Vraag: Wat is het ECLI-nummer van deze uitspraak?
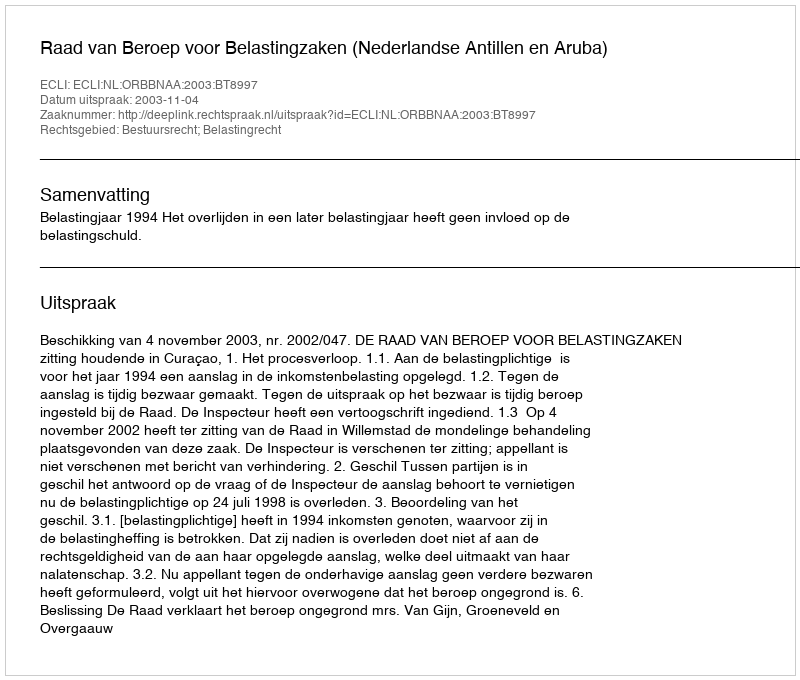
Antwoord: ECLI:NL:ORBBNAA:2003:BT8997